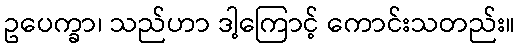
ဥပေက္ခာ၊ သည်ဟာ ဒါ့ကြောင့် ကောင်းသတည်း။